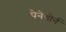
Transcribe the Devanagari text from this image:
पेनेथोर्न